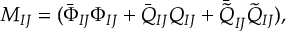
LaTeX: M _ { I J } = ( \bar { \Phi } _ { I J } \Phi _ { I J } + \bar { Q } _ { I J } Q _ { I J } + \bar { \tilde { Q } } _ { I J } \tilde { Q } _ { I J } ) ,